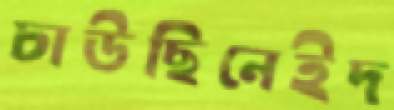
চাউছিনেইদ